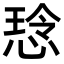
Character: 𫺡